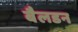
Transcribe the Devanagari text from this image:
बैलडन